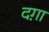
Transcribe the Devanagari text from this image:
दग़ा